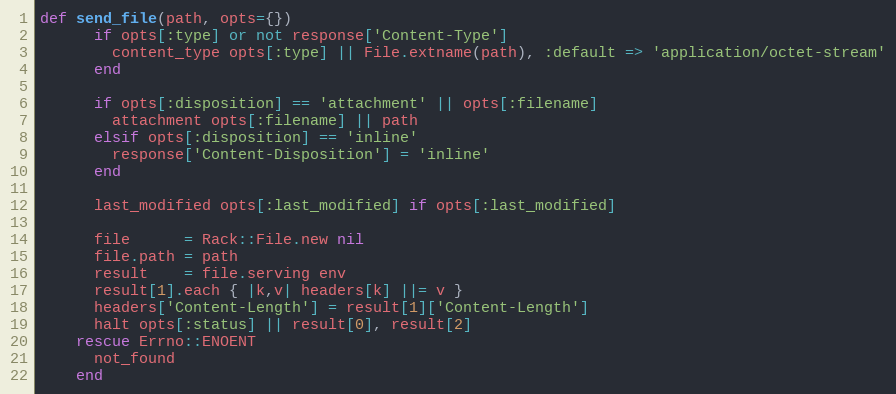
Language: Ruby
def send_file(path, opts={})
      if opts[:type] or not response['Content-Type']
        content_type opts[:type] || File.extname(path), :default => 'application/octet-stream'
      end

      if opts[:disposition] == 'attachment' || opts[:filename]
        attachment opts[:filename] || path
      elsif opts[:disposition] == 'inline'
        response['Content-Disposition'] = 'inline'
      end

      last_modified opts[:last_modified] if opts[:last_modified]

      file      = Rack::File.new nil
      file.path = path
      result    = file.serving env
      result[1].each { |k,v| headers[k] ||= v }
      headers['Content-Length'] = result[1]['Content-Length']
      halt opts[:status] || result[0], result[2]
    rescue Errno::ENOENT
      not_found
    end